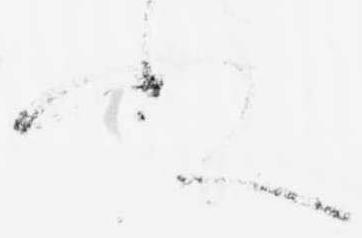
ぬ